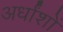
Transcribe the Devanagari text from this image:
अर्धांशों